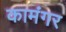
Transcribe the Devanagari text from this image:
कामंगर